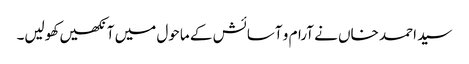
سید احمد خاں نے آرام و آسائش کے ماحول میں آنکھیں کھولیں۔